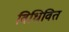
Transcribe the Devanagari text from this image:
विधिवित